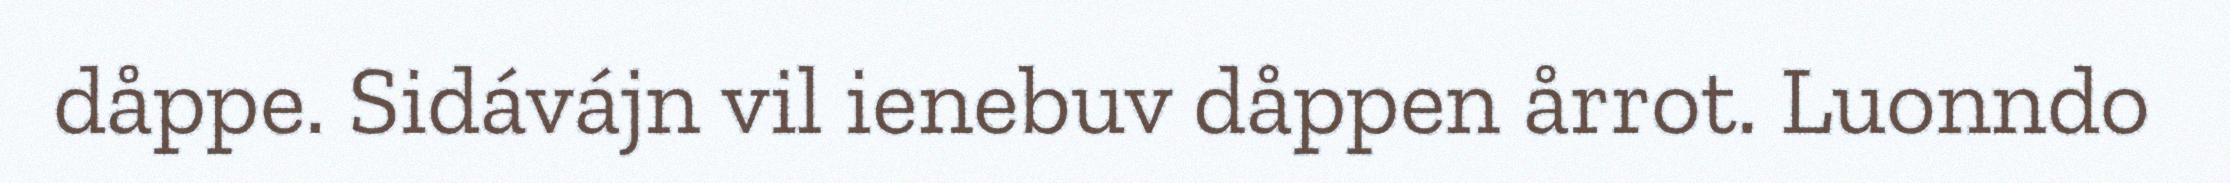
dåppe. Sidávájn vil ienebuv dåppen årrot. Luonndo